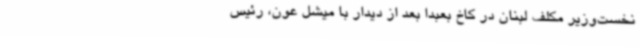
نخست‌وزیر مکلف لبنان در کاخ بعبدا بعد از دیدار با میشل عون، رئیس‌